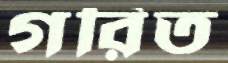
গরিত